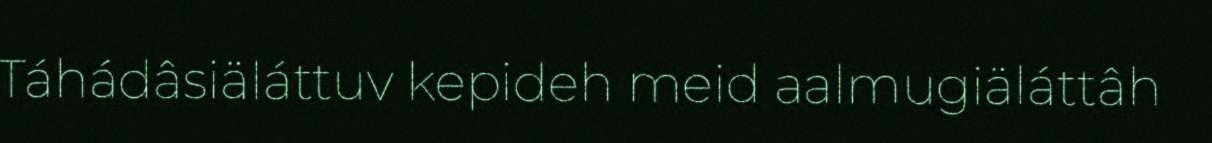
Táhádâsiäláttuv kepideh meid aalmugiäláttâh